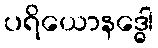
ပရိယောနဒ္ဓေါ